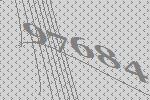
97684